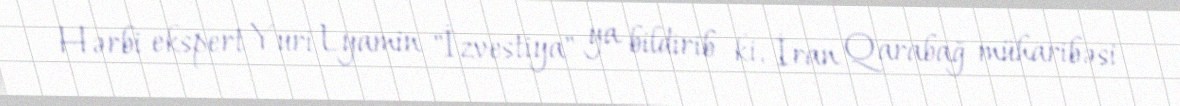
Hərbi ekspert Yuri Lyamin "İzvestiya" ya bildirib ki, İran Qarabağ müharibəsi